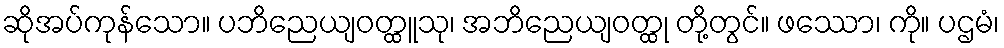
ဆိုအပ်ကုန်သော။ ပဘိညေယျဝတ္ထူသု၊ အဘိညေယျဝတ္ထု တို့တွင်။ ဖဿော၊ ကို။ ပဌမံ၊